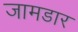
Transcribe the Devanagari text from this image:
जामडार